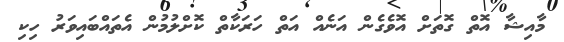
މާއިޝާ އޮތް ގޮތަށް އޮވެގެން އަނެއް އަތް ހަރަކާތް ކޮށްލުމުން އެތައްބައިވަރު ހިކި